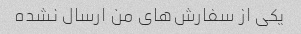
یکی از سفارش‌های من ارسال نشده